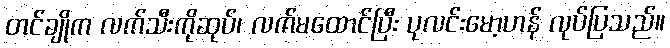
တင်ချိုက လက်သီးကိုဆုပ်၊ လက်မထောင်ပြီး ပုလင်းမော့ဟန် လုပ်ပြသည်။